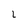
Character: l